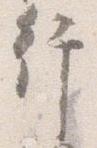
行